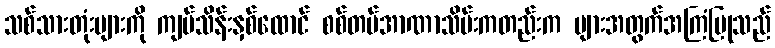
သစ်သားတုံးများကို ကျပ်သိန်းနှစ်ထောင် စစ်တပ်အာဏာသိမ်းကတည်းက များအတွက်အကြံပြုသည်